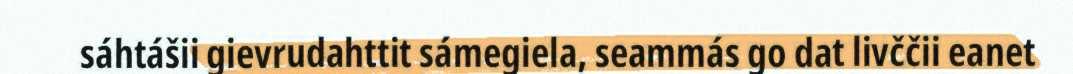
sáhtášii gievrudahttit sámegiela, seammás go dat livččii eanet